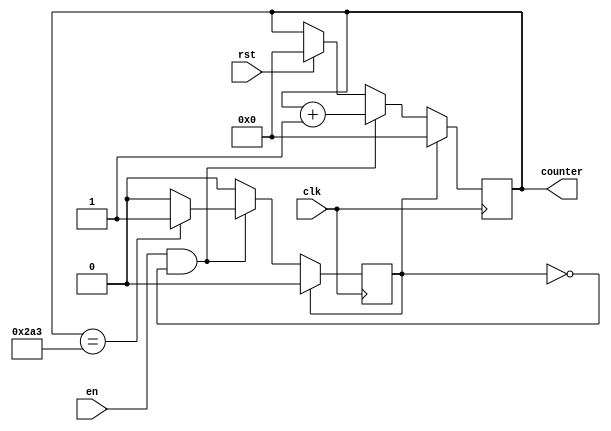
`timescale 1ns / 1ps
//////////////////////////////////////////////////////////////////////////////////
// Company: 
// Engineer: 
// 
// Design Name: 
// Module Name: counterPositionRstlConv
// Project Name: 
// Target Devices: 
// Tool Versions: 
// Description: 
// 
// Dependencies: 
// 
// Revision:
// Revision 0.01 - File Created
// Additional Comments:
// 
//////////////////////////////////////////////////////////////////////////////////


module counterPositionRstlConv
#(
    //counter for memory of result of convolution
    parameter counterWidth= 10,
    //memory_rstl_conv
    parameter numWeightRstlConv = 676
)
(
    input clk, rst, en, 
    output[counterWidth-1:0] counter
);

    reg [counterWidth-1:0] count;
    reg once;
    
    initial
    begin
        once <= 1;
    end
    
    always @(posedge clk)
    begin
        if(rst)
        begin
            count <= 4'd0;
        end
        if(once)
        begin
            count <= 4'd0;
            once <= 0;
        end
        else if(en && !once)
        begin
            count <= count + 4'd1;
            if(count == (numWeightRstlConv - 1))
            begin
                once <= 1;
            end
        end
    end 
    assign counter = count;
endmodule